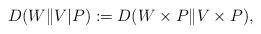
LaTeX: \begin{align*}D(W \| V |P) &:= D(W\times P \| V\times P ) ,\end{align*}